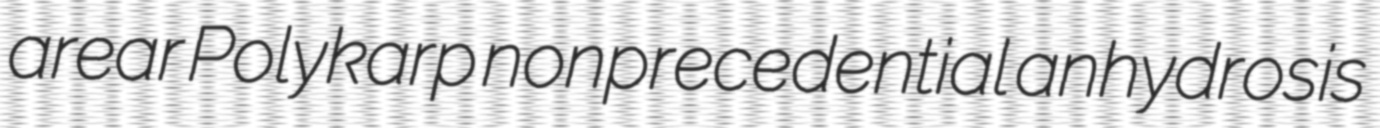
arear Polykarp nonprecedential anhydrosis